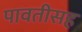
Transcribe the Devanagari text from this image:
पावतीसह